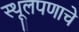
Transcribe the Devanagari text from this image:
स्थूलपणाचे